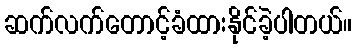
ဆက်လက်တောင့်ခံထားနိုင်ခဲ့ပါတယ်။